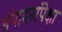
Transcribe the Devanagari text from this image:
संपादनांपेक्षा